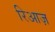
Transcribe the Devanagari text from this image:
रिआज़